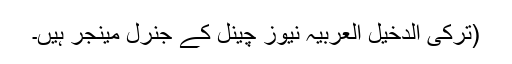
(ترکی الدخیل العربیہ نیوز چینل کے جنرل مینجر ہیں۔